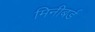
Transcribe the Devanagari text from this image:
मिनीबर्ड